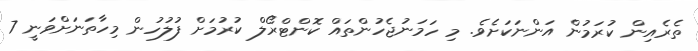
ތެރެއިން ކުރަމުން އަންނަކަށެވެ. މި ހަމަނުޖެހުންތައް ކޮންޓްރޯލް ކުރުމަށް ފުލުހުން މިހާތަނަށްވަނީ 7